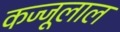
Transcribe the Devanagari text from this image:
कज्‍जूलाल